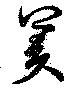
羑